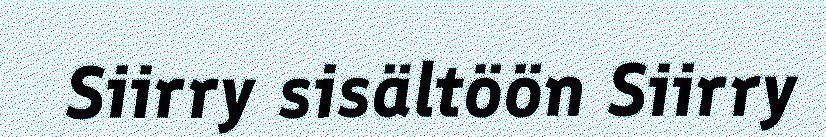
Siirry sisältöön Siirry